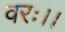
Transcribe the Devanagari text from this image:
वरः।।